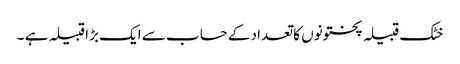
خٹک قبیلہ پختونوں کا تعداد کے حساب سے ایک بڑا قبیلہ ہے ۔